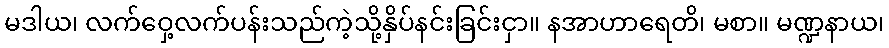
မဒါယ၊ လက်ဝှေ့လက်ပန်းသည်ကဲ့သို့နှိပ်နင်းခြင်းငှာ။ နအာဟာရေတိ၊ မစာ။ မဏ္ဍနာယ၊